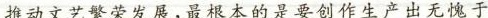
推动文艺繁荣发展，最根本的是要创作生产出无愧于